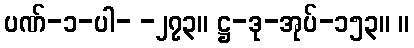
ပဏ်-၁-ပါ- -၂၇၃။ ဋ္ဌ-ဒု-အုပ်-၁၅၃။ ။